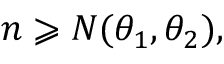
n \geqslant N ( \theta _ { 1 } , \theta _ { 2 } ) ,